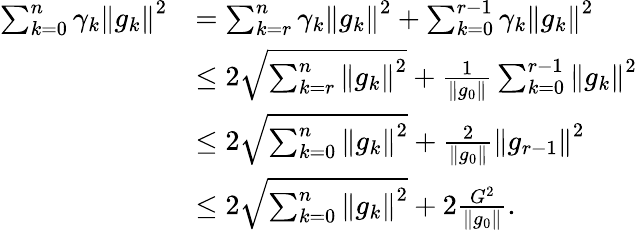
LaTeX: \begin{array}{rl}{\sum_{k=0}^{n}\gamma_{k}\left\Vert g_{k}\right\Vert^{2}}&{=\sum_{k=r}^{n}\gamma_{k}\left\Vert g_{k}\right\Vert^{2}+\sum_{k=0}^{r-1}\gamma_{k}\left\Vert g_{k}\right\Vert^{2}}\\ &{\leq 2\sqrt{\sum_{k=r}^{n}\left\Vert g_{k}\right\Vert^{2}}+\frac{1}{\| g_{0}\| }\sum_{k=0}^{r-1}\left\Vert g_{k}\right\Vert^{2}}\\ &{\le 2\sqrt{\sum_{k=0}^{n}\left\Vert g_{k}\right\Vert^{2}}+\frac{2}{\| g_{0}\| }\left\Vert g_{r-1}\right\Vert^{2}}\\ &{\le 2\sqrt{\sum_{k=0}^{n}\left\Vert g_{k}\right\Vert^{2}}+2\frac{G^{2}}{\| g_{0}\| }.}\end{array}